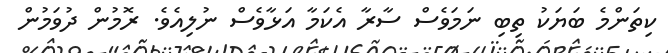
ކިތަންމެ ބަޔަކު ތިބި ނަމަވެސް ސާރާ އެކަމާ އަޅާވެސް ނުލިއެވެ. ރޮމުން ދުވަމުން